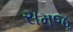
સમજૂ